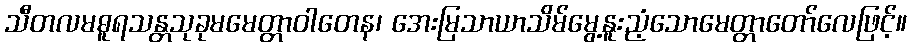
သီတလမဓူရသန္တသုခုမမေတ္တာဝါတေန၊ အေးမြသာယာသိမ်မွေ့နူးညံ့သောမေတ္တာတော်လေဖြင့်။